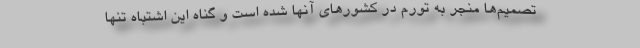
تصمیم‌ها منجر به تورم در کشورهای آنها شده است و گناه این اشتباه تنها